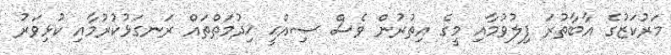
މަރުކަޒުގެ އާބާތުރަ ފިލުވުމާއި މީގެ އިތުރުން ވެސް ޞިއްޙީ ޚިދުމަތްތައް ރަނގަޅުކުރުމާއި ކުޅިވަރު